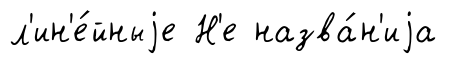
л'ин'е́йныjе Н'е назва́н'иjа